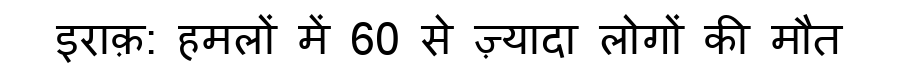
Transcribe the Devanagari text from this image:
इराक़: हमलों में 60 से ज़्यादा लोगों की मौत